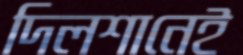
দিলশানেই